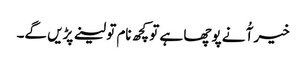
خیر آُ نے پوچھا ہے تو کچھ نام تو لینے پڑیں گے۔